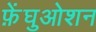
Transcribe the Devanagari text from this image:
फ़ेंघुओशन